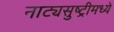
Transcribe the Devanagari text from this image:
नाट्यसुष्ट्रीमध्ये